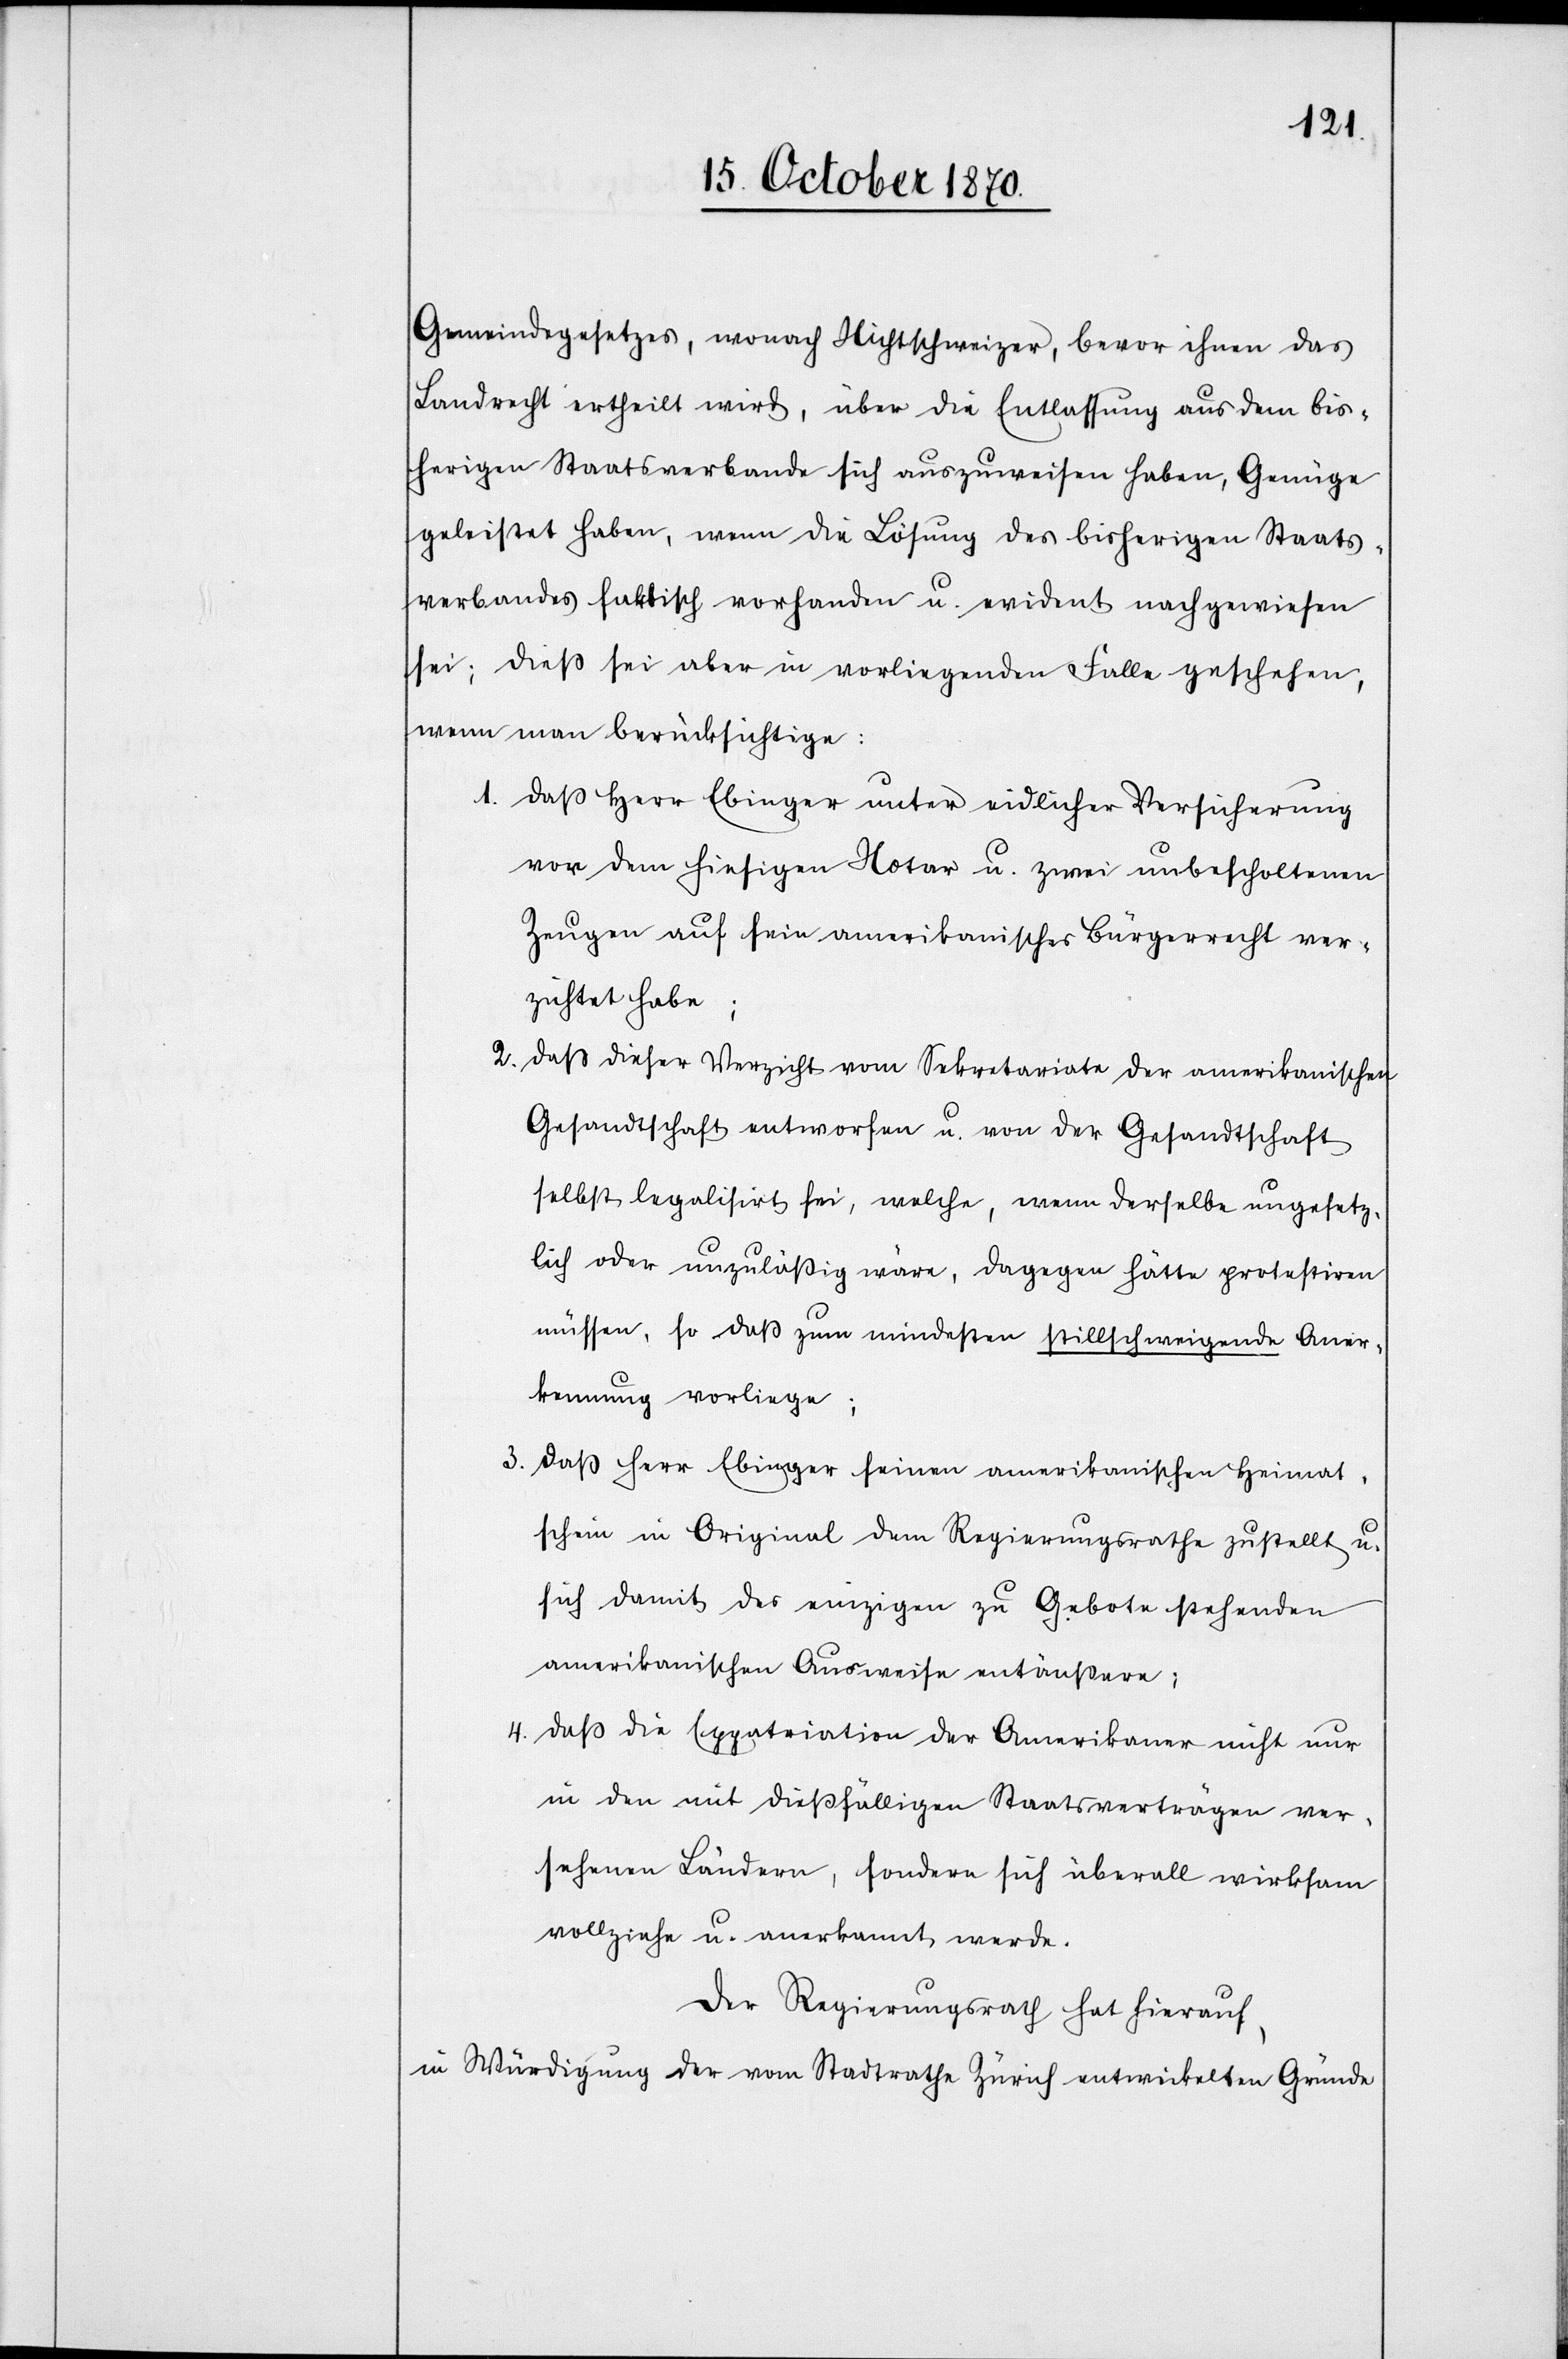
Gemeindegesetzes, wonach Nichtschweizer, bevor ihnen das
Landrecht ertheilt wird, über die Entlassung aus dem bis¬
herigen Staatsverbande sich auszuweisen haben, Genüge
geleistet haben, wenn die Lösung des bisherigen Staats¬
verbandes faktisch vorhanden u. evident nachgewiesen
sei; dieß sei aber in vorliegendem Falle geschehen,
wenn man berücksichtige:
1. daß Herr Ebinger unter eidlicher Versicherung
vor dem hiesigen Notar u. zwei unbescholtenen
Zeugen auf sein amerikanisches Bürgerrecht ver¬
zichtet habe;
2.
daß dieser Verzicht vom Sekretariate der amerikanischen
Gesandtschaft entworfen u. von der Gesandtschaft
selbst legalisirt sei, welche, wenn derselbe ungesetz¬
lich oder unzulässig wäre, dagegen hätte protestiren
müssen, so daß zum mindesten stillschweigende Aner¬
kennung vorliege;
3.
daß Herr Ebinger seinen amerikanischen Heimat¬
schein im Original dem Regierungsrathe zustellt u.
sich damit des einzigen zu Gebote stehenden
amerikanischen Ausweise entäußere;
4. daß die Expatriation der Amerikaner nicht nur
in den mit dießfälligen Staatsverträgen ver¬
sehenen Ländern, sondern sich überall wirksam
vollziehe u. anerkannt werde.
Der Regierungsrath hat hierauf,
in Würdigung der vom Stadtrathe Zürich entwickelten Gründe